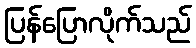
ပြန်ပြောလိုက်သည်